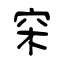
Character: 穼